Annual administration report of the Civil Veterinary Department of India - 1898-1899
Year: 1898
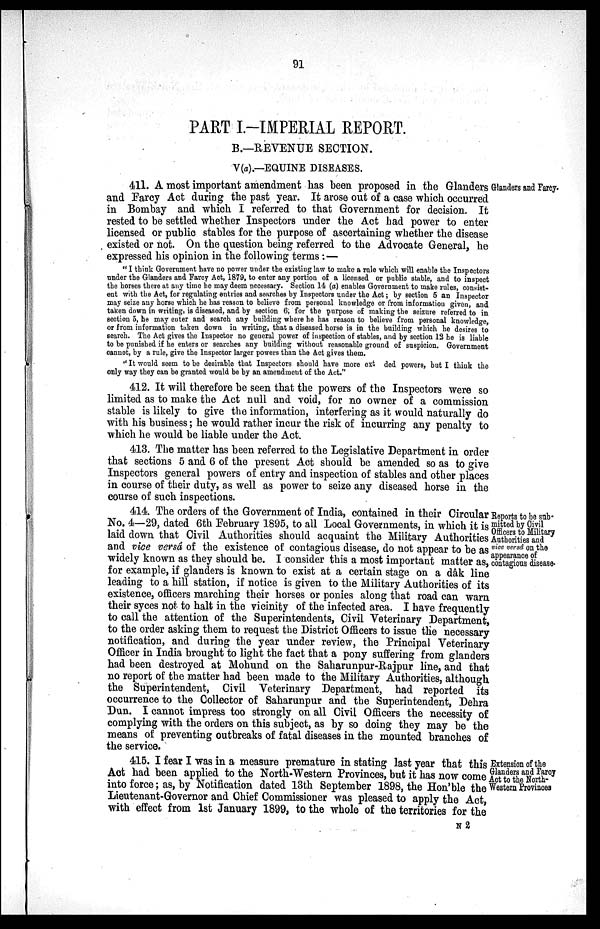
91
PART I.-IMPERIAL REPORT.
B.—REVENUE SECTION.
V(a).—EQUINE DISEASES.
Glanders and Farcy.
411. A most important amendment has been proposed in the Glanders
and Farcy Act during the past year. It arose out of a case which occurred
in Bombay and which I referred to that Government for decision. It
rested to be settled whether Inspectors under the Act had power to enter
licensed or public stables for the purpose of ascertaining whether the disease
existed or not. On the question being referred to the Advocate General, he
expressed his opinion in the following terms:—
"I think Government have no power under the existing law to make a rule which will enable the Inspectors
under the Glanders and Farcy Act, 1879, to enter any portion of a licensed or public stable, and to inspect
the horses there at any time he may deem necessary. Section 14 (a) enables Government to make rules, consist-
ent with the Act, for regulating entries and searches by Inspectors under the Act; by section 5 an Inspector
may seize any horse which he has reason to believe from personal knowledge or from information given, and
taken down in writing, is diseased, and by section 6, for the purpose of making the seizure referred to in
section 5, he may enter and search any building where he has reason to believe from personal knowledge,
or from information taken down in writing, that a diseased horse is in the building which he desires to
search. The Act gives the Inspector no general power of inspection of stables, and by section 12 he is liable
to be punished if he enters or searches any building without reasonable ground of suspicion. Government
cannot, by a rule, give the Inspector larger powers than the Act gives them.
" It would seem to be desirable that Inspectors should have more ext ded powers, but I think the
only way they can be granted would be by an amendment of the Act."
412. It will therefore be seen that the powers of the Inspectors were so
limited as to make the Act null and void, for no owner of a commission
stable is likely to give the information, interfering as it would naturally do
with his business; he would rather incur the risk of incurring any penalty to
which he would be liable under the Act.
413. The matter has been referred to the Legislative Department in order
that sections 5 and 6 of the present Act should be amended so as to give
Inspectors general powers of entry and inspection of stables and other places
in course of their duty, as well as power to seize any diseased horse in the
course of such inspections.
Reports to be sub-
mitted by Civil
Officers to Military
Authorities and
vice versâ on the
appearance of
contagious disease.
414. The orders of the Government of India, contained in their Circular
No. 4—29, dated 6th February 1895, to all Local Governments, in which it is
laid down that Civil Authorities should acquaint the Military Authorities
and vice versâ of the existence of contagious disease, do not appear to be as
widely known as they should be. I consider this a most important matter as,
for example, if glanders is known to exist at a certain stage on a dâk line
leading to a hill station, if notice is given to the Military Authorities of its
existence, officers marching their horses or ponies along that road can warn
their syces not to halt in the vicinity of the infected area. I have frequently
to call the attention of the Superintendents, Civil Veterinary Department,
to the order asking them to request the District Officers to issue the necessary
notification, and during the year under review, the Principal Veterinary
Officer in India brought to light the fact that a pony suffering from glanders
had been destroyed at Mohund on the Saharunpur-Rajpur line, and that
no report of the matter had been made to the Military Authorities, although
the Superintendent, Civil Veterinary Department, had reported its
occurrence to the Collector of Saharunpur and the Superintendent, Dehra
Dun. I cannot impress too strongly on all Civil Officers the necessity of
complying with the orders on this subject, as by so doing they may be the
means of preventing outbreaks of fatal diseases in the mounted branches of
the service.
Extension of the
Glanders and Faroy
Act to the North-
-estern Provinces
415. I fear I was in a measure premature in stating last year that this
Act had been applied to the North-Western Provinces, but it has now come
into force; as, by Notification dated 13th September 1898, the Hon'ble the
Lieutenant-Governor and Chief Commissioner was pleased to apply the Act,
with effect from 1st January 1899, to the whole of the territories for the
N 2